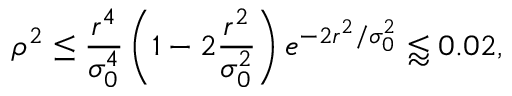
\rho ^ { 2 } \le \frac { r ^ { 4 } } { \sigma _ { 0 } ^ { 4 } } \left( 1 - 2 \frac { r ^ { 2 } } { \sigma _ { 0 } ^ { 2 } } \right) e ^ { - 2 r ^ { 2 } / \sigma _ { 0 } ^ { 2 } } \lessapprox 0 . 0 2 ,